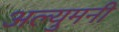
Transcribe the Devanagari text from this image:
अल्युमनी